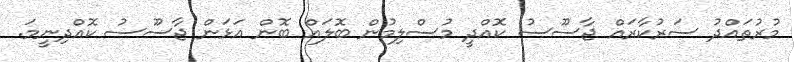
މުރުތައްދު ސަރުކާރައް ޖާސޫސު ކޮއްދީ މުސްލިމުން ބޮލައް ބޮން އަޅަން ޖާސޫސު ކޮއްދިނީމަ.